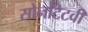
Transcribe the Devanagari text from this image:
सोनटिटवी